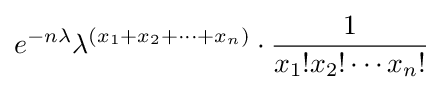
e^{-n\lambda }\lambda ^{(x_{1}+x_{2}+\cdots +x_{n})}\cdot {1 \over x_{1}!x_{2}!\cdots x_{n}!}